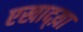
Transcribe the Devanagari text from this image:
एखाद्य़ा